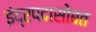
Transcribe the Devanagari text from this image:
इंद्रपदासोबत